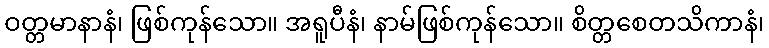
ဝတ္တမာနာနံ၊ ဖြစ်ကုန်သော။ အရူပီနံ၊ နာမ်ဖြစ်ကုန်သော။ စိတ္တစေတသိကာနံ၊